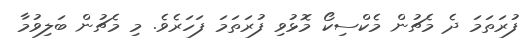
ފުރަތަމަ ދެ މެޗުން މެކްސިކޯ މޮޅުވި ފުރަތަމަ ފަހަރެވެ. މި މެޗުން ބަލިވުމާ